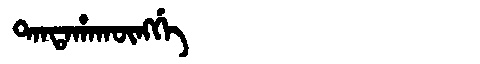
Manchu: ᡨᠠᠨᡨᠠᡥᠠᡴᡡᠩᡤᡝ
Romanization: TANTAHAKŪNGGE